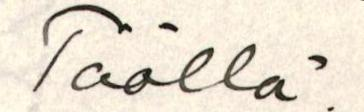
Täällä